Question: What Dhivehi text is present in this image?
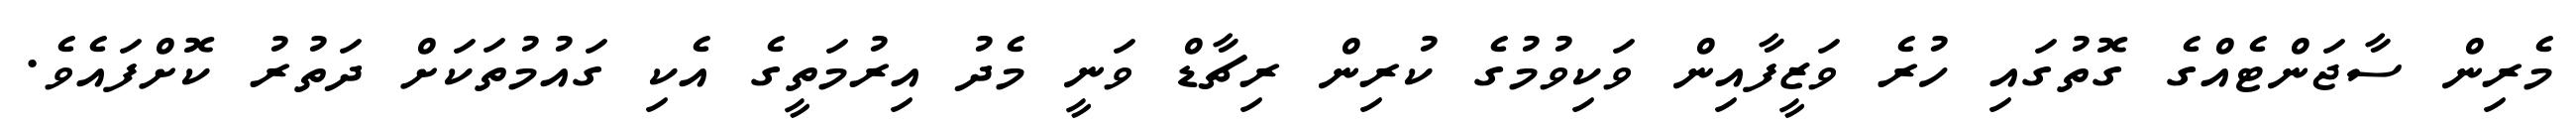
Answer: މެރިން ސާޖަންޓެއްގެ ގޮތުގައި ހުރެ ވަޒީފާއިން ވަކިވުމުގެ ކުރިން ރިޗާޑް ވަނީ މެދު އިރުމަތީގެ އެކި ގައުމުތަކަށް ދަތުރު ކޮށްފައެވެ.